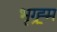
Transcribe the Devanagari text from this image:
भृग्ह्र्म